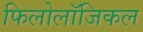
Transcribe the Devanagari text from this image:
फिलोलॉजिकल